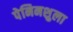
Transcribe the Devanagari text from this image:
पेनिनशुला